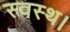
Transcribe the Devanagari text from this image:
स्वस्थ।